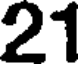
21